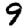
Digit: 9